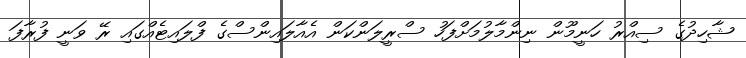
ޝާހިދުގެ ސިއްރު ހަނީމޫން ނިންމާލުމަށްފަހު ސްރީލަންކަން އެއާލައިންސްގެ ފްލައިޓެއްގައި ރޭ ވަނީ ފުރާފަ